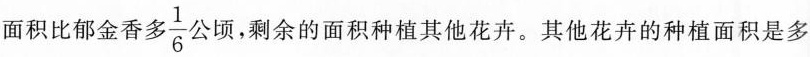
面积比郁金香多 \frac{1}{6}公顷，剩余的面积种植其他花卉。其他花卉的种植面积是多